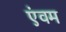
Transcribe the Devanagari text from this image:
एंवम